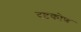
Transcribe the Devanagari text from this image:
दृष्टकोण